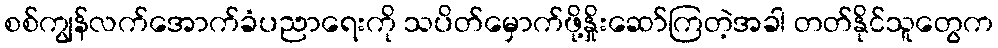
စစ်ကျွန်လက်အောက်ခံပညာရေးကို သပိတ်မှောက်ဖို့နှိုးဆော်ကြတဲ့အခါ တတ်နိုင်သူတွေက